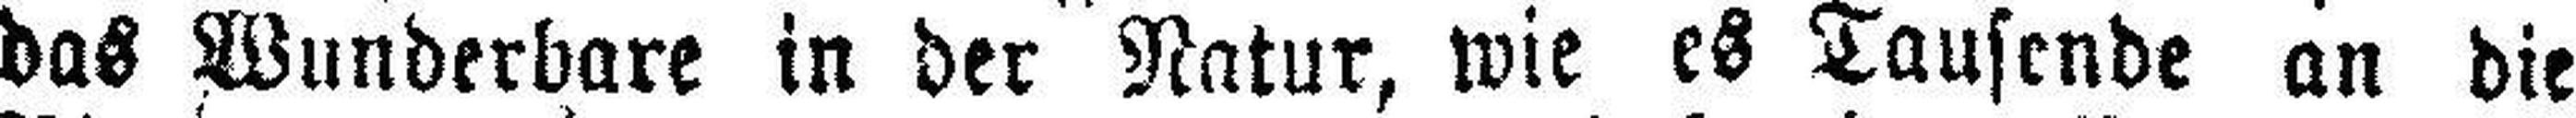
das Wunderbare in der Natur, wie es Tausende an die